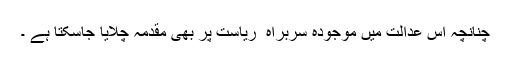
چنانچہ اس عدالت میں موجودہ سربراہ ِ ریاست پر بھی مقدمہ چلایا جاسکتا ہے ۔